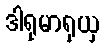
ဒါရုမာရုယှ